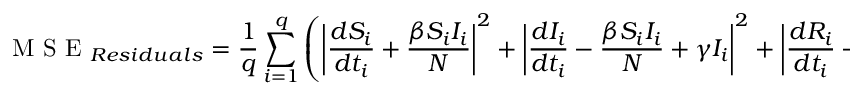
\mathrm { ~ M ~ S ~ E ~ } _ { R e s i d u a l s } = \frac { 1 } { q } \sum _ { i = 1 } ^ { q } \left( \left| \frac { d { S } _ { i } } { d t _ { i } } + \frac { \beta { S } _ { i } { I } _ { i } } { N } \right| ^ { 2 } + \left| \frac { d { I } _ { i } } { d t _ { i } } - \frac { \beta { S } _ { i } { I } _ { i } } { N } + \gamma I _ { i } \right| ^ { 2 } + \left| \frac { d { R } _ { i } } { d t _ { i } } - \gamma I _ { i } \right| ^ { 2 } \right)